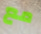
مع